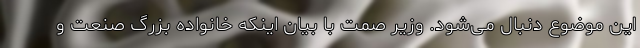
این موضوع دنبال می‌شود. وزیر صمت با بیان اینکه خانواده بزرگ صنعت و